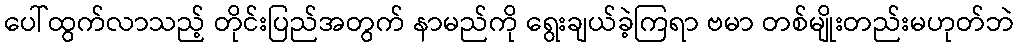
ပေါ်ထွက်လာသည့် တိုင်းပြည်အတွက် နာမည်ကို ရွေးချယ်ခဲ့ကြရာ ဗမာ တစ်မျိုးတည်းမဟုတ်ဘဲ